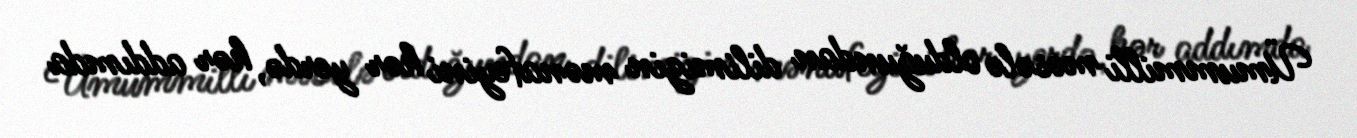
Ümummilli məsələ olduğundan dilimizin mənafeyini hər yerdə, hər addımda